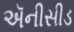
ઍનીસીડ